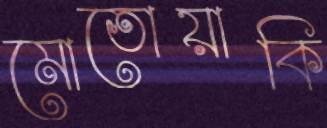
মোতোয়াকি